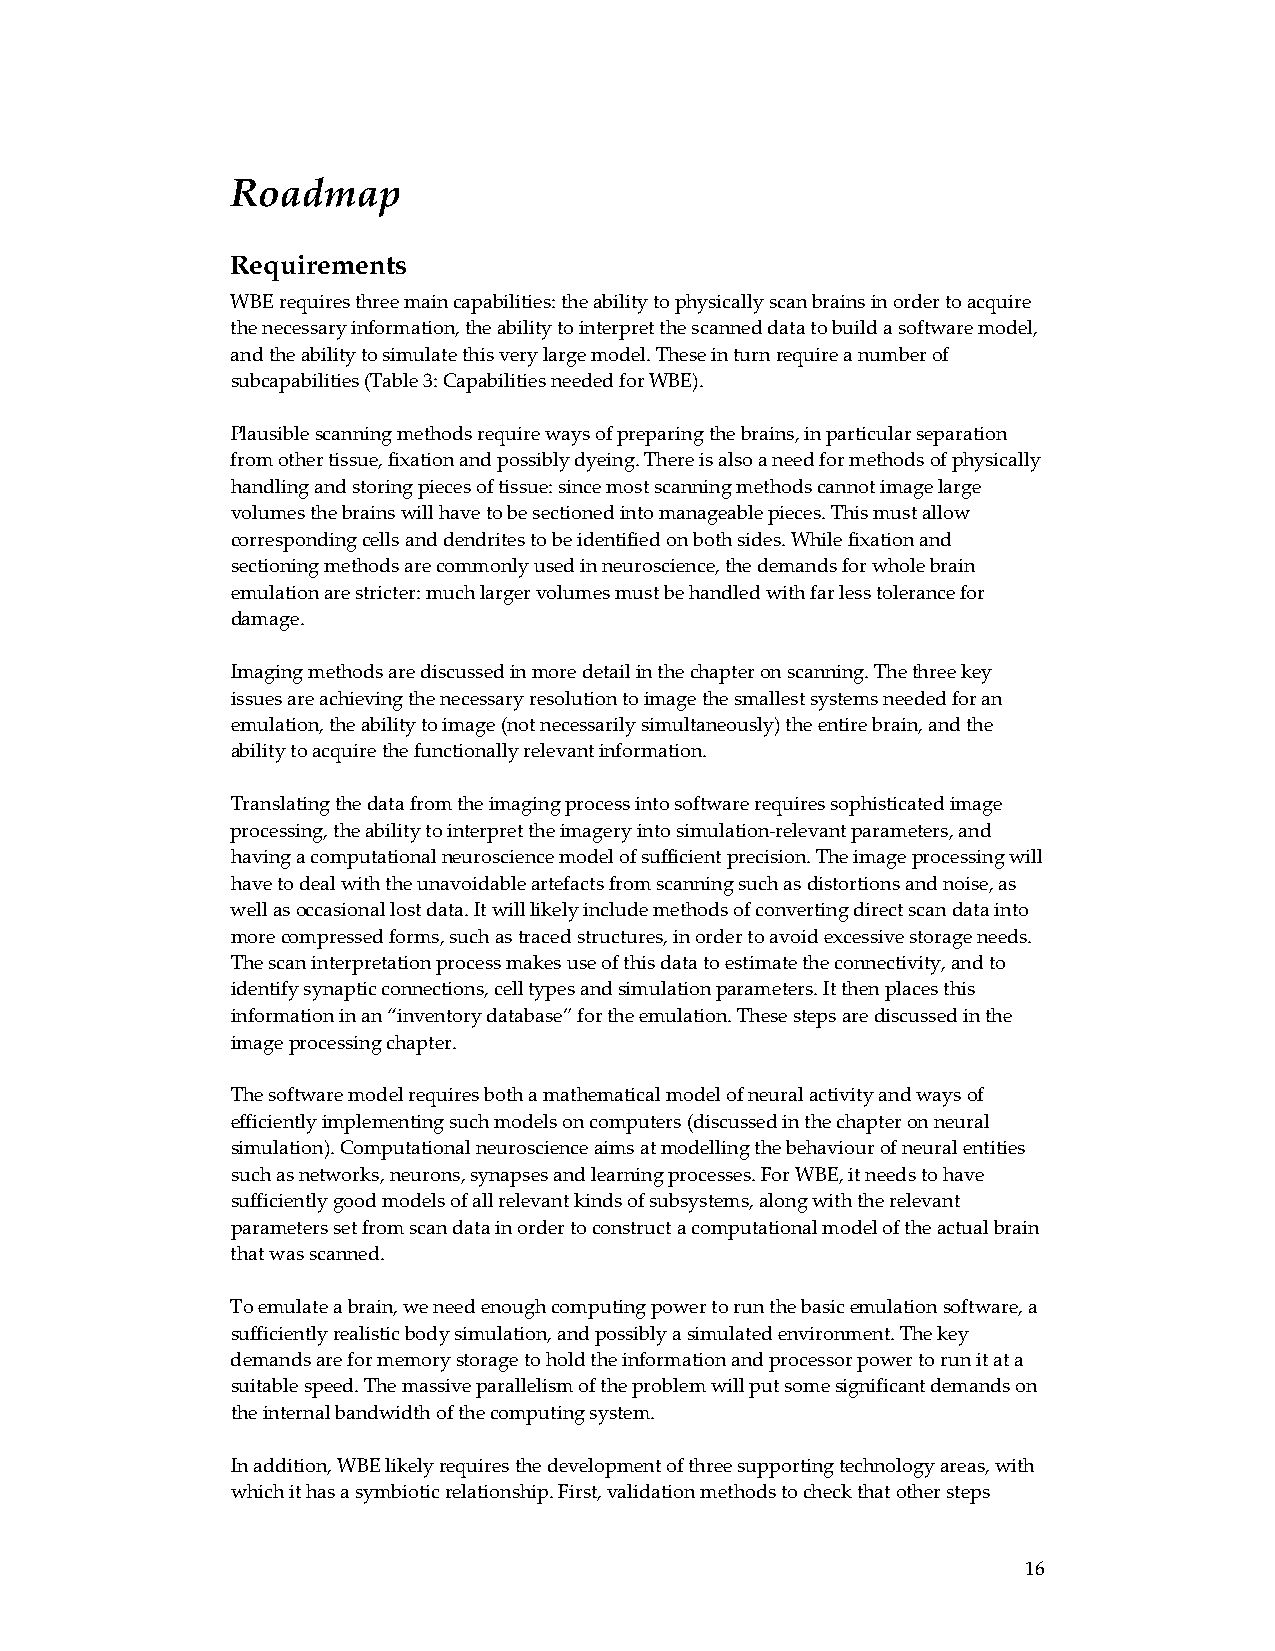
Roadmap
 Requirements
 WBE requires three main capabilities: the ability to physically scan brains in order to acquire
 the necessary information, the ability to interpret the scanned data to build a software model,
 and the ability to simulate this very large model. These in turn require a number of
 subcapabilities (Table 3: Capabilities needed for WBE).
 Plausible scanning methods require ways of preparing the brains, in particular separation
 from other tissue, fixation and possibly dyeing. There is also a need for methods of physically
 handling and storing pieces of tissue: since most scanning methods cannot image large
 volumes the brains will have to be sectioned into manageable pieces. This must allow
 corresponding cells and dendrites to be identified on both sides. While fixation and
 sectioning methods are commonly used in neuroscience, the demands for whole brain
 emulation are stricter: much larger volumes must be handled with far less tolerance for
 damage.
 Imaging methods are discussed in more detail in the chapter on scanning. The three key
 issues are achieving the necessary resolution to image the smallest systems needed for an
 emulation, the ability to image (not necessarily simultaneously) the entire brain, and the
 ability to acquire the functionally relevant information.
 Translating the data from the imaging process into software requires sophisticated image
 processing, the ability to interpret the imagery into simulation‐relevant parameters, and
 having a computational neuroscience model of sufficient precision. The image processing will
 have to deal with the unavoidable artefacts from scanning such as distortions and noise, as
 well as occasional lost data. It will likely include methods of converting direct scan data into
 more compressed forms, such as traced structures, in order to avoid excessive storage needs.
 The scan interpretation process makes use of this data to estimate the connectivity, and to
 identify synaptic connections, cell types and simulation parameters. It then places this
 information in an “inventory database” for the emulation. These steps are discussed in the
 image processing chapter.
 The software model requires both a mathematical model of neural activity and ways of
 efficiently implementing such models on computers (discussed in the chapter on neural
 simulation). Computational neuroscience aims at modelling the behaviour of neural entities
 such as networks, neurons, synapses and learning processes. For WBE, it needs to have
 sufficiently good models of all relevant kinds of subsystems, along with the relevant
 parameters set from scan data in order to construct a computational model of the actual brain
 that was scanned.
 To emulate a brain, we need enough computing power to run the basic emulation software, a
 sufficiently realistic body simulation, and possibly a simulated environment. The key
 demands are for memory storage to hold the information and processor power to run it at a
 suitable speed. The massive parallelism of the problem will put some significant demands on
 the internal bandwidth of the computing system.
 In addition, WBE likely requires the development of three supporting technology areas, with
 which it has a symbiotic relationship. First, validation methods to check that other steps
 16